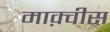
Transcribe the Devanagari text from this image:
माक़्वीस